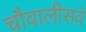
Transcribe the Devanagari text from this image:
चौवालीसवे